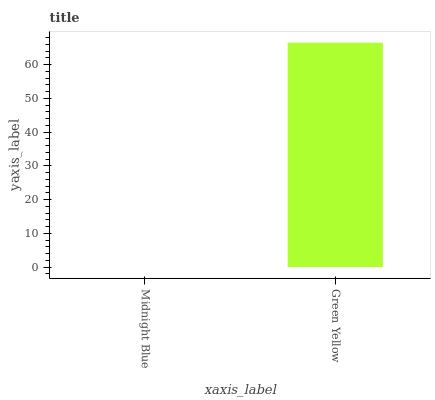
| xaxis_label | bars |
 | --- | --- |
 | Midnight Blue | 0 |
 | Green Yellow | 66.5 |